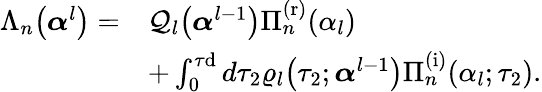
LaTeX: \begin{array}{rl}{\Lambda_{n}\big(\boldsymbol{\alpha}^{l}\big)=}&{\mathcal{Q}_{l}\big(\boldsymbol{\alpha}^{l-1}\big)\Pi_{n}^{\mathrm{(r)}}(\alpha_{l})}\\ &{+\int_{0}^{\tau\mathrm{d}}d\tau_{2}\varrho_{l}\big(\tau_{2};\boldsymbol{\alpha}^{l-1}\big)\Pi_{n}^{\mathrm{(i)}}(\alpha_{l};\tau_{2}).}\end{array}